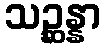
သဉ္ဆန္နာ